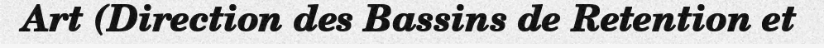
Art (Direction des Bassins de Retention et